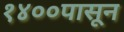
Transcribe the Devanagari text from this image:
१४००पासून